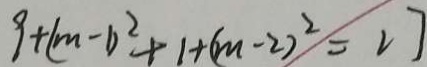
9 + ( m - 1 ) ^ { 2 } + 1 + ( m - 2 ) ^ { 2 } = 2 7